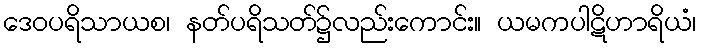
ဒေဝပရိသာယစ၊ နတ်ပရိသတ်၌လည်းကောင်း။ ယမကပါဋိဟာရိယံ၊